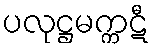
ပလုဋ္ဌမက္ကဋီ